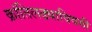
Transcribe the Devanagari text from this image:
क्रांतिलढ्याविषयी